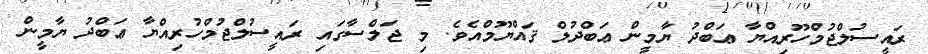
ރައީސުލްޖުމްހޫރިއްޔާ ޢަބްދު ޔާމީން ޢަބްދުލް ޤައްޔޫމްއެވެ. މި ޖަލްސާގައި ރައީސުލްޖުމްހުރިއްޔާ ޢަބްދު ޔާމީން